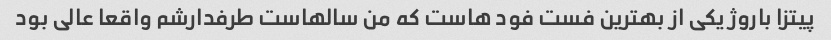
پیتزا باروژ یکی از بهترین فست فود هاست که من سالهاست طرفدارشم واقعا عالی بود